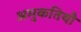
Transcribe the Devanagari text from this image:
अमुकतिथौ